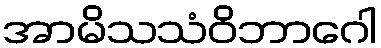
အာမိသသံဝိဘာဂေါ